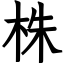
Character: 株